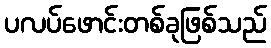
ပလပ်ဖောင်းတစ်ခုဖြစ်သည်